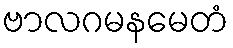
ဗာလဂမနမေတံ